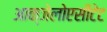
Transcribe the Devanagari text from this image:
आक्जेलोएसीटेट